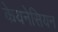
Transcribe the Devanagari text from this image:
केयनेसियन